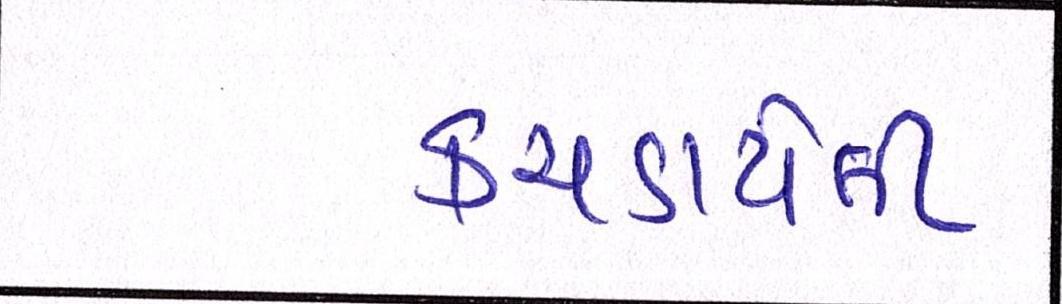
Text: કચડાયેલી